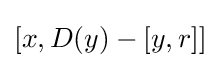
{\textstyle [x,D(y)-[y,r]]}